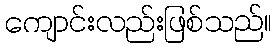
ကျောင်းလည်းဖြစ်သည်။